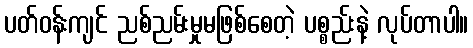
ပတ်ဝန်းကျင် ညစ်ညမ်းမှုမဖြစ်စေတဲ့ ပစ္စည်းနဲ့ လုပ်တာပါ။